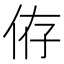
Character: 侟